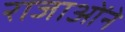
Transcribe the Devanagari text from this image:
राजाओंने